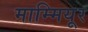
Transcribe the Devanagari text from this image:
माम्मियूर